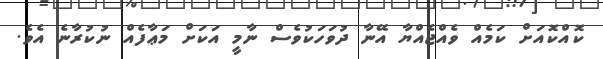
ކޮއްކޮއަށް ކަމެއް ވެއްޖެއްޔާ އޭނާ ދުވަހަކުވެސް ނާމީ އަކަށް މަޢާފެއް ނުކުރާނެ އެވެ.